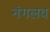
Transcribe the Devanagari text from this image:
नंगलव